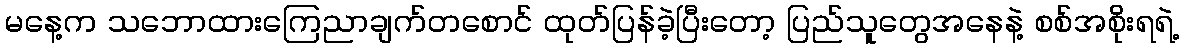
မနေ့က သဘောထားကြေညာချက်တစောင် ထုတ်ပြန်ခဲ့ပြီးတော့ ပြည်သူတွေအနေနဲ့ စစ်အစိုးရရဲ့